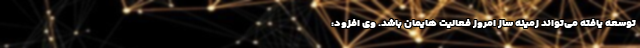
توسعه یافته می‌تواند زمینه ساز امروز فعالیت هایمان باشد. وی افزود: